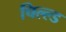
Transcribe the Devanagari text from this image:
चिल्ल्ड